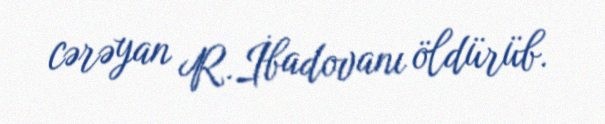
cərəyan R.İbadovanı öldürüb.